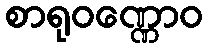
စာရုဝဏ္ဏောဝ